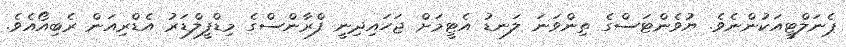
ޕެނަލްޓީއަކުންނެވެ. ޔުވެންޓަސްގެ ތިންވަނަ ލަނޑު އެޓީމަށް ޖަހައިދިނީ ފްރާންސްގެ މިޑްފީލްޑަރު އެޑްރިއަން ރެބިއޯއެވެ.